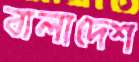
বালাদেশ